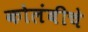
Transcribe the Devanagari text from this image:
कोलंबीचे